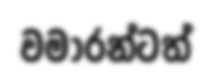
වමාරන්ටත්